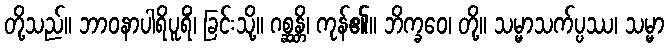
တို့သည်။ ဘာဝနာပါရိပူရိံ၊ ခြင်းသို့။ ဂစ္ဆန္တိ၊ ကုန်၏။ ဘိက္ခဝေ၊ တို့။ သမ္မာသက်ပ္ပဿ၊ သမ္မာ